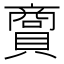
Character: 𧷮